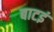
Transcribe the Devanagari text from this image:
बाटइं